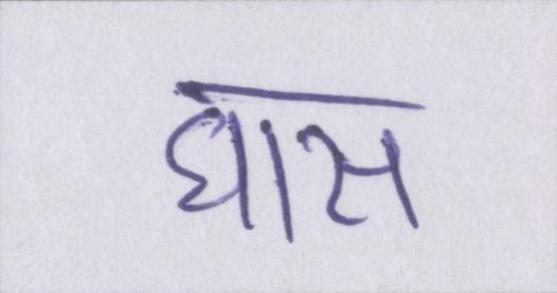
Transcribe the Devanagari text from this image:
घास